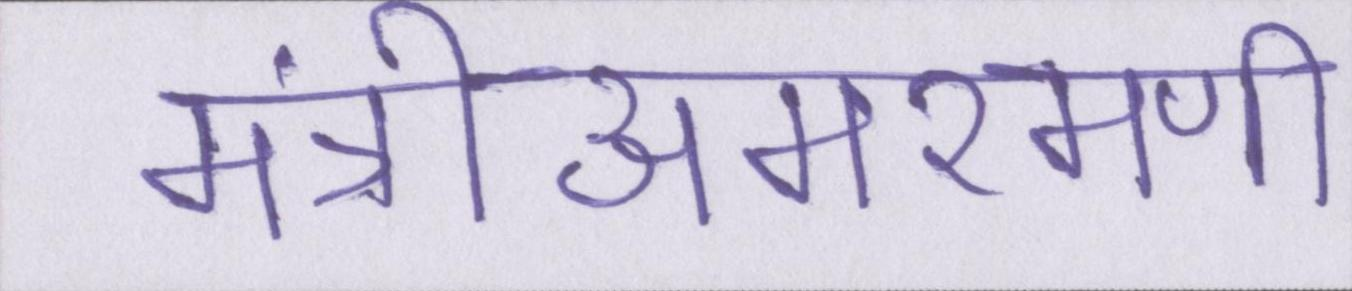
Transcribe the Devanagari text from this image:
मंत्रीअमरमणी